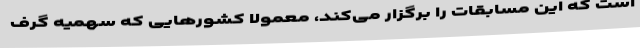
است که این مسابقات را برگزار می‌کند، معمولا کشورهایی که سهمیه گرف